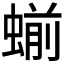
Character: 𬠝